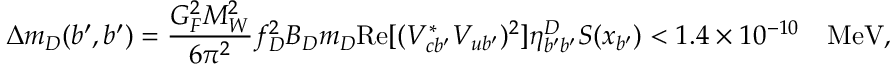
\Delta m _ { D } ( b ^ { \prime } , b ^ { \prime } ) = \frac { G _ { F } ^ { 2 } M _ { W } ^ { 2 } } { 6 \pi ^ { 2 } } f _ { D } ^ { 2 } B _ { D } m _ { D } \mathrm { R e } [ ( V _ { c b ^ { \prime } } ^ { * } V _ { u b ^ { \prime } } ) ^ { 2 } ] \eta _ { b ^ { \prime } b ^ { \prime } } ^ { D } S ( x _ { b ^ { \prime } } ) < 1 . 4 \times 1 0 ^ { - 1 0 } \quad \mathrm { M e V } ,